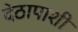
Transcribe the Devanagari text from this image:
देठापाशी